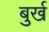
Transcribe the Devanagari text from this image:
बुर्ख